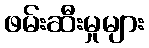
ဖမ်းဆီးမှုများ